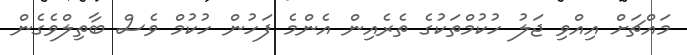
މައްޗަށް އިއްވި ޖަލު ހުކުމްތަކުގެ ތެރެއިން އެންމެ ފަހުން ހުކުމް ވެސް ބާތިލްވެގެން